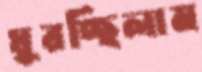
ঘুরচ্ছিলাম